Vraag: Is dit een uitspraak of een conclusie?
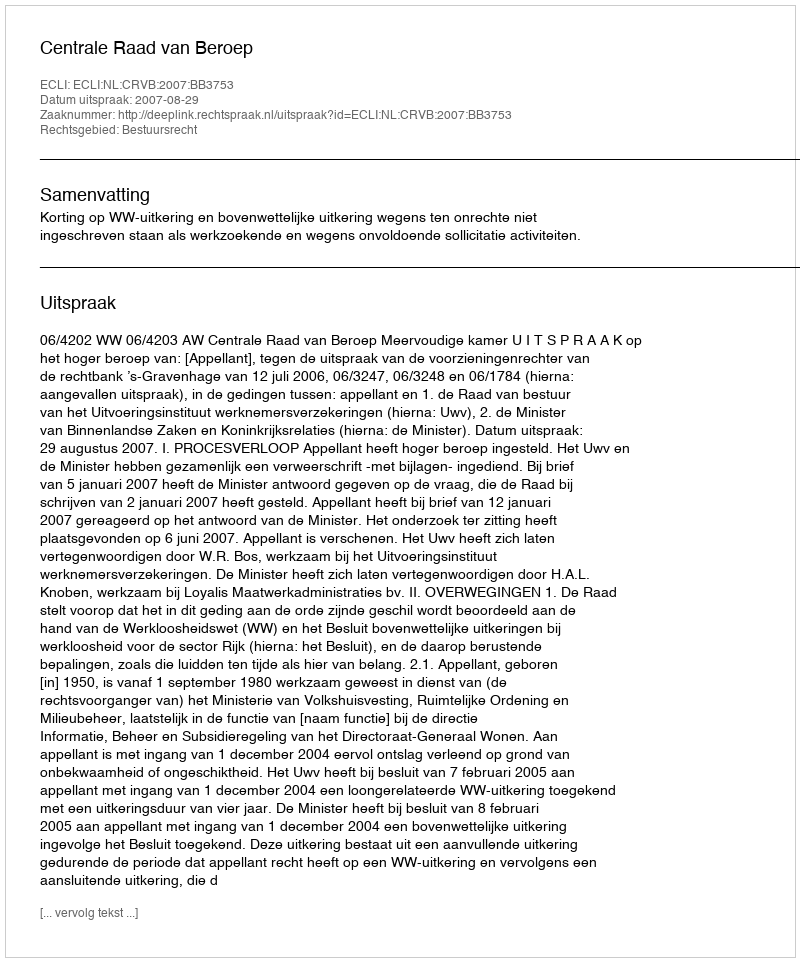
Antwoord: Uitspraak